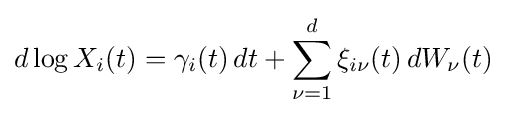
d\log X_{i}(t)=\gamma _{i}(t)\,dt+\sum _{\nu =1}^{d}\xi _{i\nu }(t)\,dW_{\nu }(t)